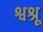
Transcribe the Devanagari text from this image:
श्वश्रू